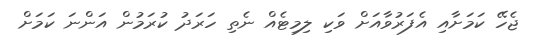
ޖެހޭ ކަމަށާއި އެފަރުވާއަށް ވަކި ލިމިޓެއް ނެތި ހަރަދު ކުރަމުން އަންނަ ކަމަށް